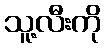
သူ့လီးကို